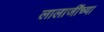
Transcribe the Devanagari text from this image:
लालाजींच्या